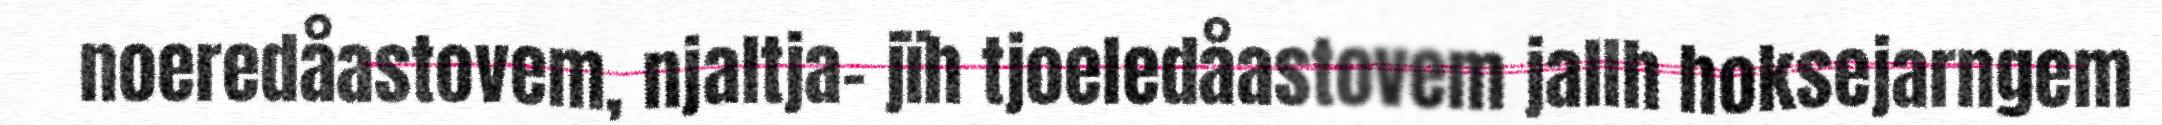
noeredåastovem, njaltja- jïh tjoeledåastovem jallh hoksejarngem